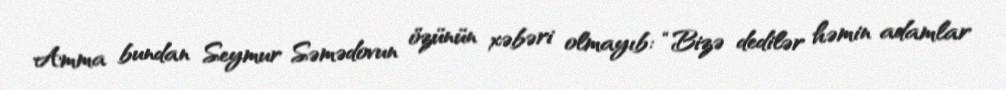
Amma bundan Seymur Səmədovun özünün xəbəri olmayıb: “Bizə dedilər həmin adamlar